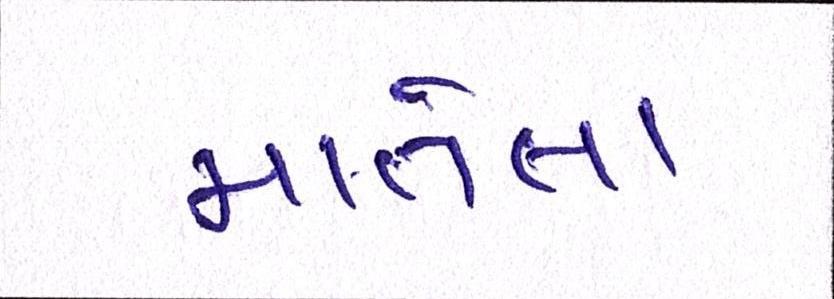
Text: માતેલા